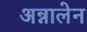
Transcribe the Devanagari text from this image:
अन्नालेन